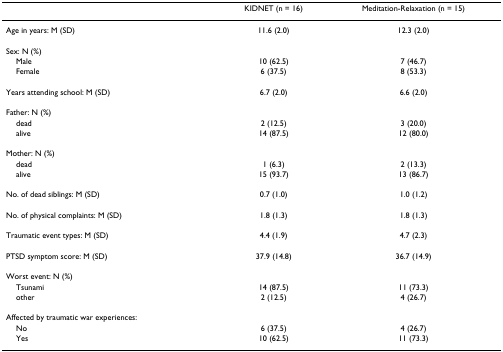
<table><thead><tr><td></td><td><b>KIDNET (n = 16)</b></td><td><b>Meditation-Relaxation (n = 15)</b></td></tr></thead><tbody><tr><td>Age in years: M (SD)</td><td>11.6 (2.0)</td><td>12.3 (2.0)</td></tr><tr><td>Sex: N (%)</td><td></td><td></td></tr><tr><td> Male</td><td>10 (62.5)</td><td>7 (46.7)</td></tr><tr><td> Female</td><td>6 (37.5)</td><td>8 (53.3)</td></tr><tr><td>Years attending school: M (SD)</td><td>6.7 (2.0)</td><td>6.6 (2.0)</td></tr><tr><td>Father: N (%)</td><td></td><td></td></tr><tr><td> dead</td><td>2 (12.5)</td><td>3 (20.0)</td></tr><tr><td> alive</td><td>14 (87.5)</td><td>12 (80.0)</td></tr><tr><td>Mother: N (%)</td><td></td><td></td></tr><tr><td> dead</td><td>1 (6.3)</td><td>2 (13.3)</td></tr><tr><td> alive</td><td>15 (93.7)</td><td>13 (86.7)</td></tr><tr><td>No. of dead siblings: M (SD)</td><td>0.7 (1.0)</td><td>1.0 (1.2)</td></tr><tr><td>No. of physical complaints: M (SD)</td><td>1.8 (1.3)</td><td>1.8 (1.3)</td></tr><tr><td>Traumatic event types: M (SD)</td><td>4.4 (1.9)</td><td>4.7 (2.3)</td></tr><tr><td>PTSD symptom score: M (SD)</td><td>37.9 (14.8)</td><td>36.7 (14.9)</td></tr><tr><td>Worst event: N (%)</td><td></td><td></td></tr><tr><td> Tsunami</td><td>14 (87.5)</td><td>11 (73.3)</td></tr><tr><td> other</td><td>2 (12.5)</td><td>4 (26.7)</td></tr><tr><td>Affected by traumatic war experiences:</td><td></td><td></td></tr><tr><td> No</td><td>6 (37.5)</td><td>4 (26.7)</td></tr><tr><td> Yes</td><td>10 (62.5)</td><td>11 (73.3)</td></tr></tbody></table>